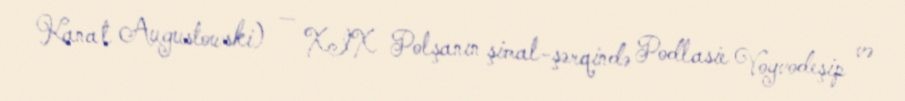
Kanał Augustowski) — XIX Polşanın şimal-şərqində Podlasie Voyvodeşip və